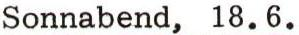
Sonnabend, 18.6.